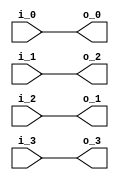
module premuat3_4(
               i_0,
               i_1,
               i_2,
               i_3,
               o_0,
               o_1,
               o_2,
               o_3
);
input  signed  [27:0]   i_0;
input  signed  [27:0]   i_1;
input  signed  [27:0]   i_2;
input  signed  [27:0]   i_3;
output  signed [27:0]   o_0;
output  signed [27:0]   o_1;
output  signed [27:0]   o_2;
output  signed [27:0]   o_3;
assign  o_0=i_0;
assign  o_1=i_2;
assign  o_2=i_1;
assign  o_3=i_3;
endmodule